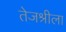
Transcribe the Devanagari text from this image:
तेजश्रीला